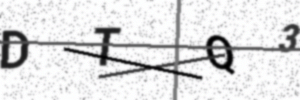
Text: DTQ3